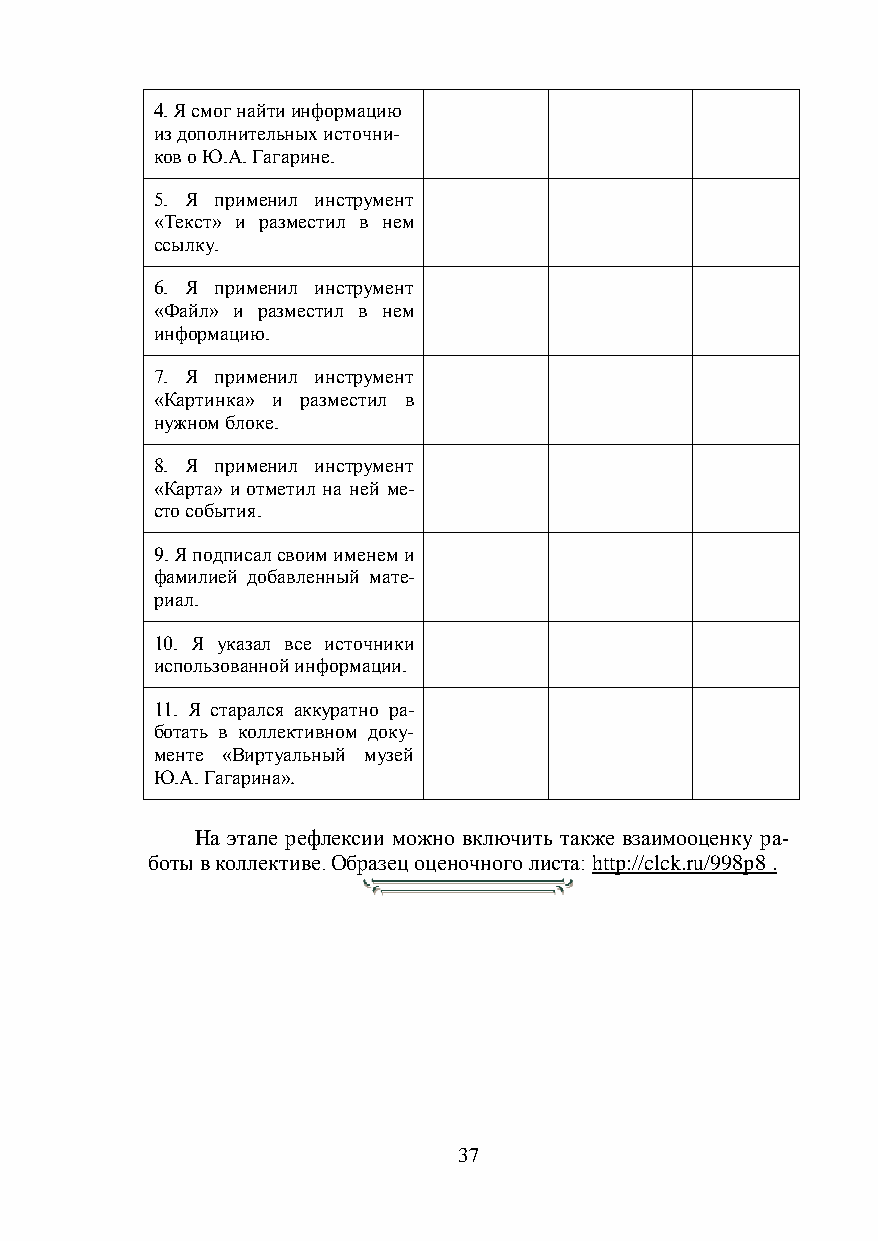
4. Я смог найти информацию
 из дополнительных источни-
 ков о Ю.А. Гагарине.
 5. Я применил инструмент
 «Текст» и разместил в нем
 ссылку.
 6. Я применил инструмент
 «Файл» и разместил в нем
 информацию.
 7. Я применил инструмент
 «Картинка» и разместил в
 нужном блоке.
 8. Я применил инструмент
 «Карта» и отметил на ней ме-
 сто события.
 9. Я подписал своим именем и
 фамилией добавленный мате-
 риал.
 10. Я указал все источники
 использованной информации.
 11. Я старался аккуратно ра-
 ботать в коллективном доку-
 менте «Виртуальный музей
 Ю.А. Гагарина».
 На этапе рефлексии можно включить также взаимооценку ра-
 боты в коллективе. Образец оценочного листа: http://clck.ru/998p8 .
 37